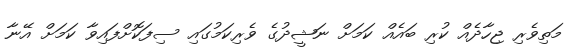
މަތިވެރި ޖިހާދެއް ކުރި ބައެއް ކަމަށް ނަޝީދުގެ ވެރިކަމުގައި ސިފަކޮށްފައިވާ ކަމަށް އޭނާ